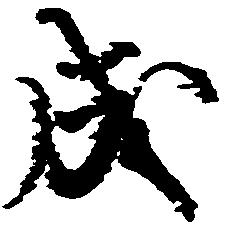
成